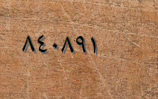
٨٤٠٨٩١